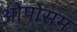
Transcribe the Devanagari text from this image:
ओपोसम